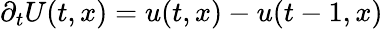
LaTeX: \partial_{t}U(t,x)=u(t,x)-u(t-1,x)